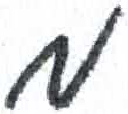
אות: מ